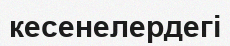
кесенелердегі